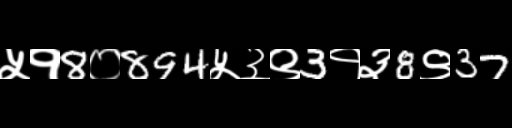
Text: ५१8०894५३९3१३8९37